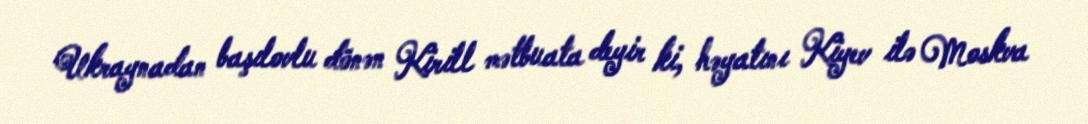
Ukraynadan başılovlu dönən Kirill mətbuata deyir ki, həyatını Kiyev ilə Moskva